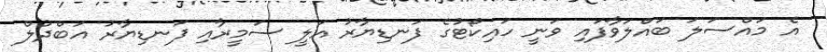
އެ މައްސަލަ ބައްލަވާފައި ވަނީ ހައިކޯޓުގެ ފަނޑިޔާރު އަލީ ސަމީރާއި ފަނޑިޔާރު އަބްދުލް